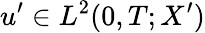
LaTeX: u^{\prime}\in L^{2}(0,T;X^{\prime})